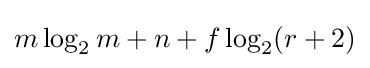
m\log _{2}m+n+f\log _{2}(r+2)